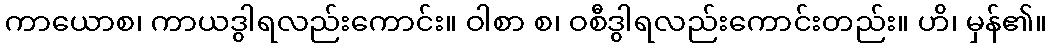
ကာယောစ၊ ကာယဒွါရလည်းကောင်း။ ဝါစာ စ၊ ဝစီဒွါရလည်းကောင်းတည်း။ ဟိ၊ မှန်၏။